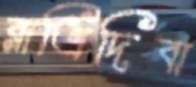
রাত্রিদিবা